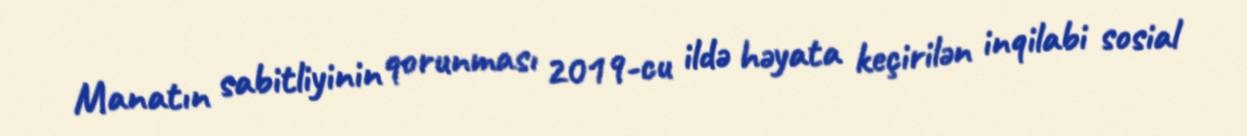
Manatın sabitliyinin qorunması 2019-cu ildə həyata keçirilən inqilabi sosial